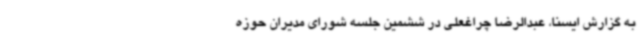
به گزارش ایسنا، عبدالرضا چراغعلی در ششمین جلسه شورای مدیران حوزه